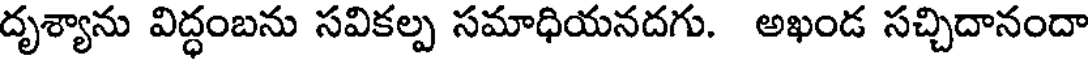
దృశ్యాను విద్ధంబను సవికల్ప సమాధియనదగు. అఖండ సచ్చిదానందా